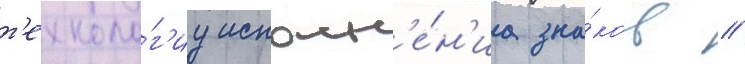
т'ехноло́г'иу исполн'е́н'иа зна́ков //